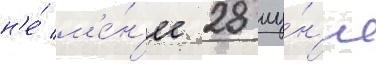
н'е́ м'е́н'ее 28 иу́н'я